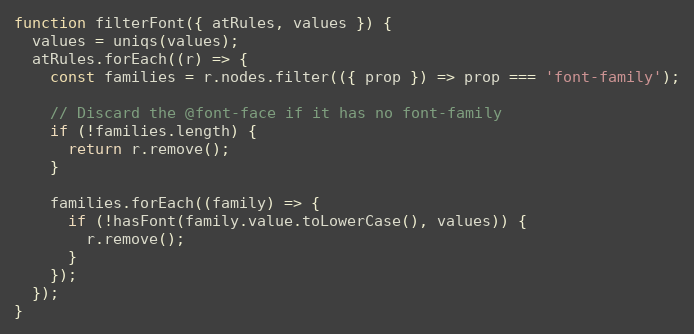
Language: JavaScript
function filterFont({ atRules, values }) {
  values = uniqs(values);
  atRules.forEach((r) => {
    const families = r.nodes.filter(({ prop }) => prop === 'font-family');

    // Discard the @font-face if it has no font-family
    if (!families.length) {
      return r.remove();
    }

    families.forEach((family) => {
      if (!hasFont(family.value.toLowerCase(), values)) {
        r.remove();
      }
    });
  });
}